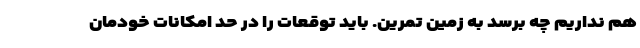
هم نداریم چه برسد به زمین تمرین. باید توقعات را در حد امکانات خودمان